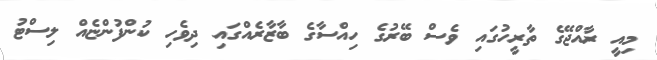
މިއީ ރާއްޖޭގެ ތާރީހުގައި ވެސް ބޭރުގެ ހިއްސާގެ ބާޒާރެއްގައި ދިވެހި ކުންފުންޏެއް ލިސްޓު